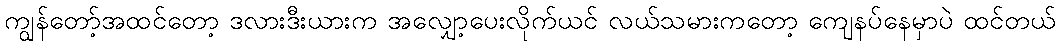
ကျွန်တော့်အထင်တော့ ဒလားဒီးယားက အလျှော့ပေးလိုက်ယင် လယ်သမားကတော့ ကျေနပ်နေမှာပဲ ထင်တယ်